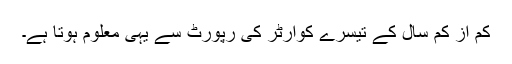
کم از کم سال کے تیسرے کوارٹر کی رپورٹ سے یہی معلوم ہوتا ہے۔